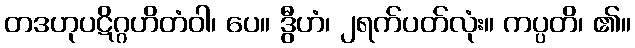
တဒဟုပဋိဂ္ဂဟိတံဝါ၊ ပေ။ ဒွီဟံ၊ ၂ရက်ပတ်လုံး။ ကပ္ပတိ၊ ၏။